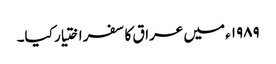
۱۹۸۹ء میں عراق کا سفر اختیار کیا۔